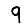
Digit: 9